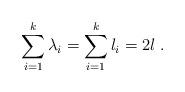
LaTeX: \begin{align*}\sum_{i=1}^k\lambda_i=\sum_{i=1}^k l_i=2l\; .\end{align*}